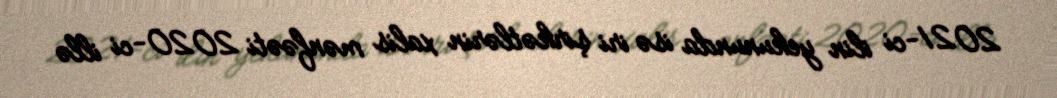
2021-ci ilin yekununda isə iri şirkətlərin xalis mənfəəti 2020-ci illə